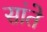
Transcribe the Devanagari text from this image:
सांते